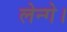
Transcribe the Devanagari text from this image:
लेन्गे।